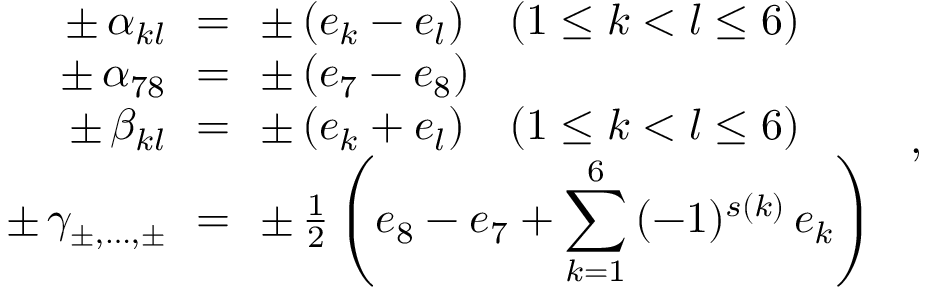
\begin{array} { r c l } { { \pm \, \alpha _ { k l } \! \! } } & { { = } } & { { \! \! \pm \, ( e _ { k } - e _ { l } ) \quad ( 1 \leq k < l \leq 6 ) } } \\ { { \pm \, \alpha _ { 7 8 } \! \! } } & { { = } } & { { \! \! \pm \, ( e _ { 7 } - e _ { 8 } ) } } \\ { { \pm \, \beta _ { k l } \! \! } } & { { = } } & { { \! \! \pm \, ( e _ { k } + e _ { l } ) \quad ( 1 \leq k < l \leq 6 ) } } \\ { { \pm \, \gamma _ { \pm , \dots , \pm } \! \! } } & { { = } } & { { \! \! \pm \, { \frac { 1 } { 2 } } \left( e _ { 8 } - e _ { 7 } + { \displaystyle { \sum _ { k = 1 } ^ { 6 } } } \, ( - 1 ) ^ { s ( k ) } \, e _ { k } \right) } } \end{array} ~ ,